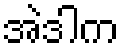
အဲဒါက